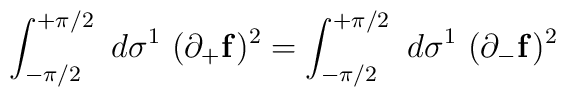
\int_{-\pi/2}^{+\pi/2}~d\sigma^1~(\partial_{+}{\bf f})^2        = \int_{-\pi/2}^{+\pi/2}~d\sigma^1~(\partial_{-}{\bf f})^2